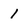
Character: 1